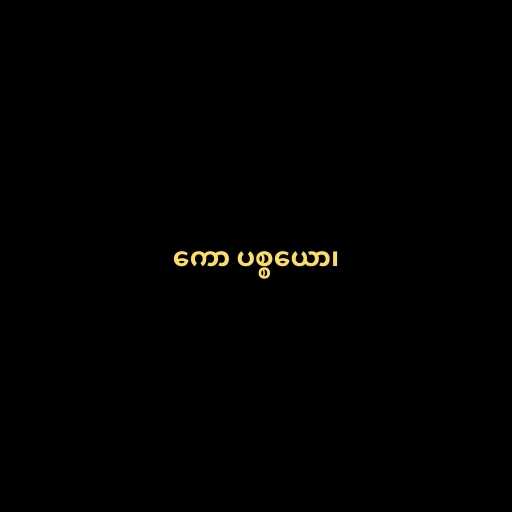
ကော ပစ္စယော၊